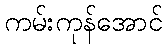
ကမ်းကုန်အောင်